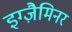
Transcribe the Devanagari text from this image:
इग्ज़ैमिनर